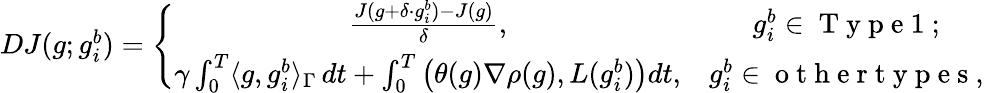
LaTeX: \begin{array}{r}{DJ(g;g_{i}^{b})=\left\{ \begin{array}{cc}{\frac{J(g+\delta\cdot g_{i}^{b})-J(g)}{\delta},}&{g_{i}^{b}\in\mathrm{~T~y~p~e~1~};}\\ {\gamma\int_{0}^{T}\langle g,g_{i}^{b}\rangle_{\Gamma}\, dt+\int_{0}^{T}\left(\theta(g)\nabla\rho(g),L(g_{i}^{b})\right)dt,}&{g_{i}^{b}\in\mathrm{~o~t~h~e~r~t~y~p~e~s~},}\end{array}\right.}\end{array}